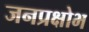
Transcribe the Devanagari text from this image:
जनप्रक्षोभ